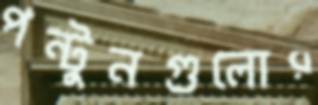
পন্টুনগুলোর